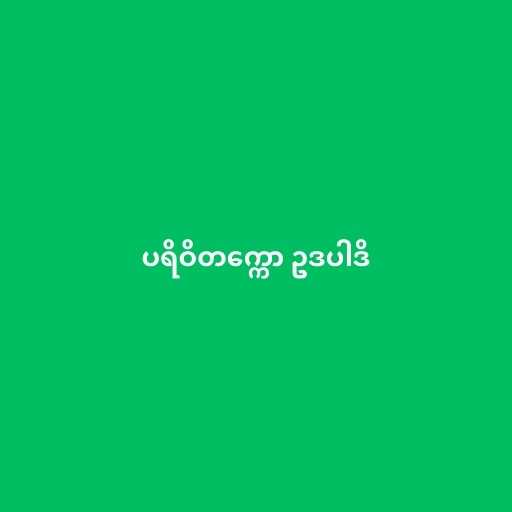
ပရိဝိတက္ကော ဥဒပါဒိ